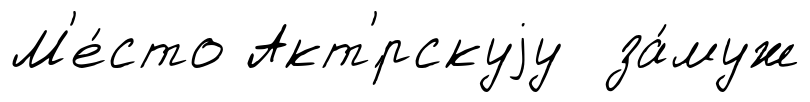
М'е́сто Акт'́рскуjу за́муж